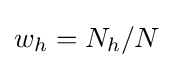
w_{h}=N_{h}/N